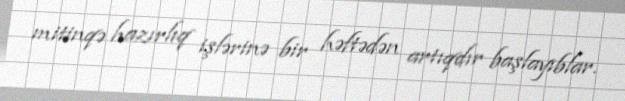
mitinqə hazırlıq işlərinə bir həftədən artıqdır başlayıblar.